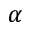
\alpha